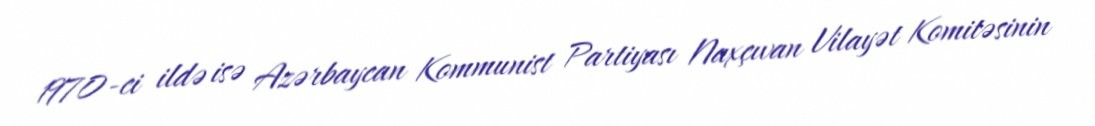
1970-ci ildə isə Azərbaycan Kommunist Partiyası Naxçıvan Vilayət Komitəsinin